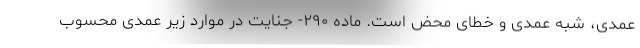
عمدی، شبه عمدی و خطای محض است. ماده ۲۹۰- جنایت در موارد زیر عمدی محسوب